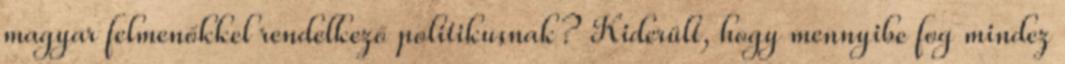
magyar felmenőkkel rendelkező politikusnak? Kiderült, hogy mennyibe fog mindez